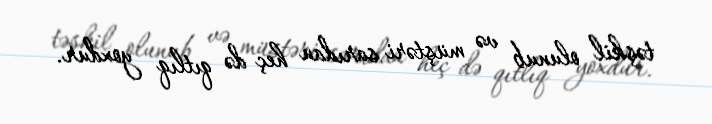
təşkil olunub və müştəri sarıdan heç də qıtlıq yoxdur.